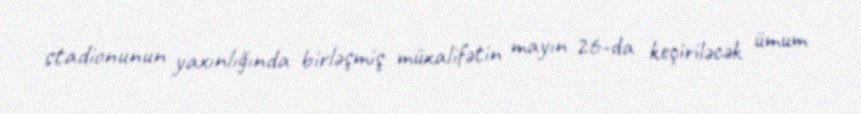
stadionunun yaxınlığında birləşmiş müxalifətin mayın 26-da keçiriləcək ümum